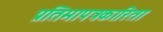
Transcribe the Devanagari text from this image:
प्रतिमापत्रकारिता